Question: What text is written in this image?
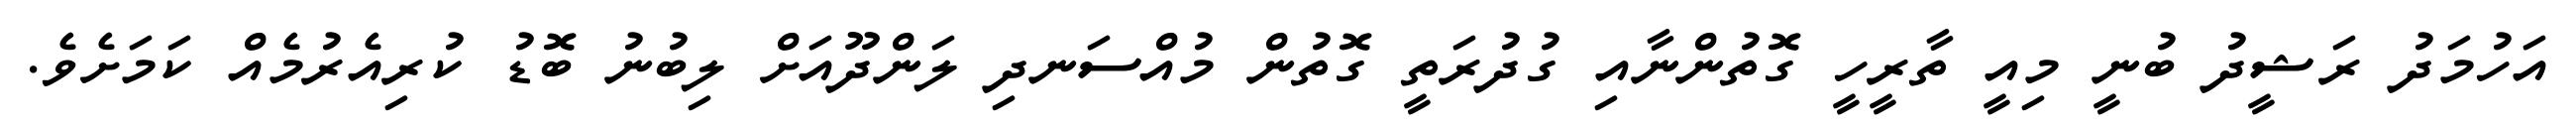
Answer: އަހުމަދު ރަޝީދު ބުނީ މިއީ ތާރީހީ ގޮތުންނާއި ގުދުރަތީ ގޮތުން މުއްސަނދި ލަންދޫއަށް ލިބުނު ބޮޑު ކުރިއެރުމެއް ކަމަށެވެ.